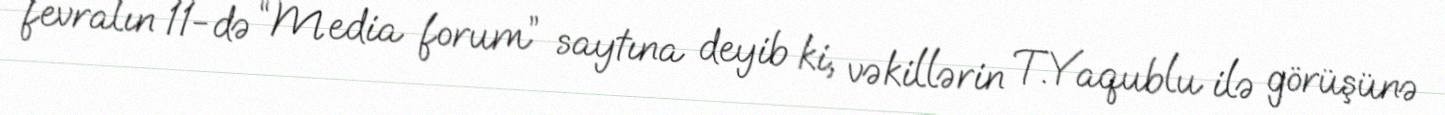
fevralın 11-də “Media forum” saytına deyib ki, vəkillərin T.Yaqublu ilə görüşünə